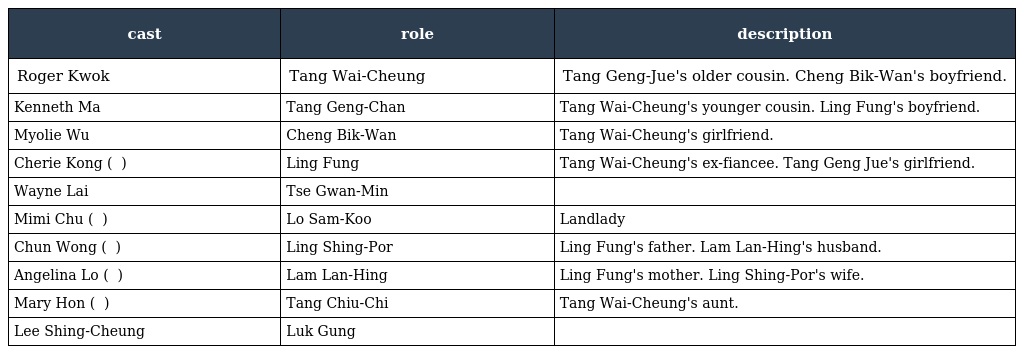
| cast | role | description |
 | --- | --- | --- |
 | Roger Kwok | Tang Wai-Cheung 鄧偉祥 | Tang Geng-Jue's older cousin. Cheng Bik-Wan's boyfriend. |
 | Kenneth Ma | Tang Geng-Chan 鄧鏡麈 | Tang Wai-Cheung's younger cousin. Ling Fung's boyfriend. |
 | Myolie Wu | Cheng Bik-Wan 鄭碧雲 | Tang Wai-Cheung's girlfriend. |
 | Cherie Kong ( 江芷妮 ) | Ling Fung 凌鳳 | Tang Wai-Cheung's ex-fiancee. Tang Geng Jue's girlfriend. |
 | Wayne Lai | Tse Gwan-Min 謝君綿 |  |
 | Mimi Chu ( 朱咪咪 ) | Lo Sam-Koo 盧三姑 | Landlady |
 | Chun Wong ( 秦煌 ) | Ling Shing-Por 凌醒波 | Ling Fung's father. Lam Lan-Hing's husband. |
 | Angelina Lo ( 盧宛茵 ) | Lam Lan-Hing 林蘭卿 | Ling Fung's mother. Ling Shing-Por's wife. |
 | Mary Hon ( 韓馬利 ) | Tang Chiu-Chi 鄧昭慈 | Tang Wai-Cheung's aunt. |
 | Lee Shing-Cheung | Luk Gung 陸恭 |  |